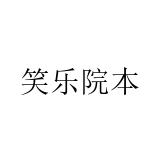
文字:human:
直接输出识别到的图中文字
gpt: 笑乐院本